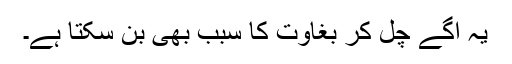
یہ آگے چل کر بغاوت کا سبب بھی بن سکتا ہے۔